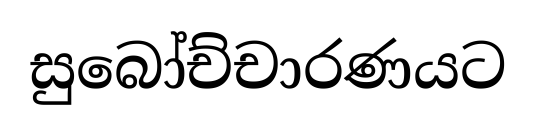
සුබෝච්චාරණයට